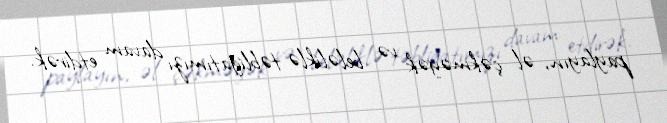
paylayın, əl çəkməyək və beləliklə təbliğatımızı davam etdirək.